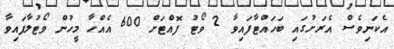
އެކަނިވެސް އެރަށުގައި ބަހައްޓާފައިވާ 2 ވޯޓު ފޮއްޓަށް 600 އެއްހާ މީހުން ވޯޓުލާފައިވާ